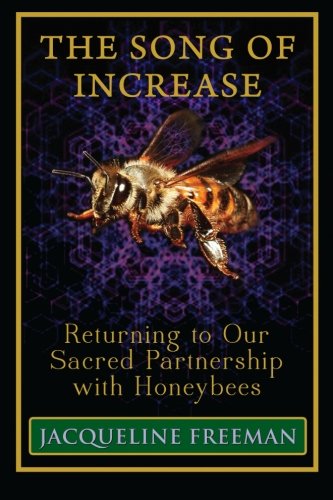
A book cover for The Song of Increase: Returning to Our Sacred Partnership with Honeybees; Jacqueline Freeman; Science & Math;